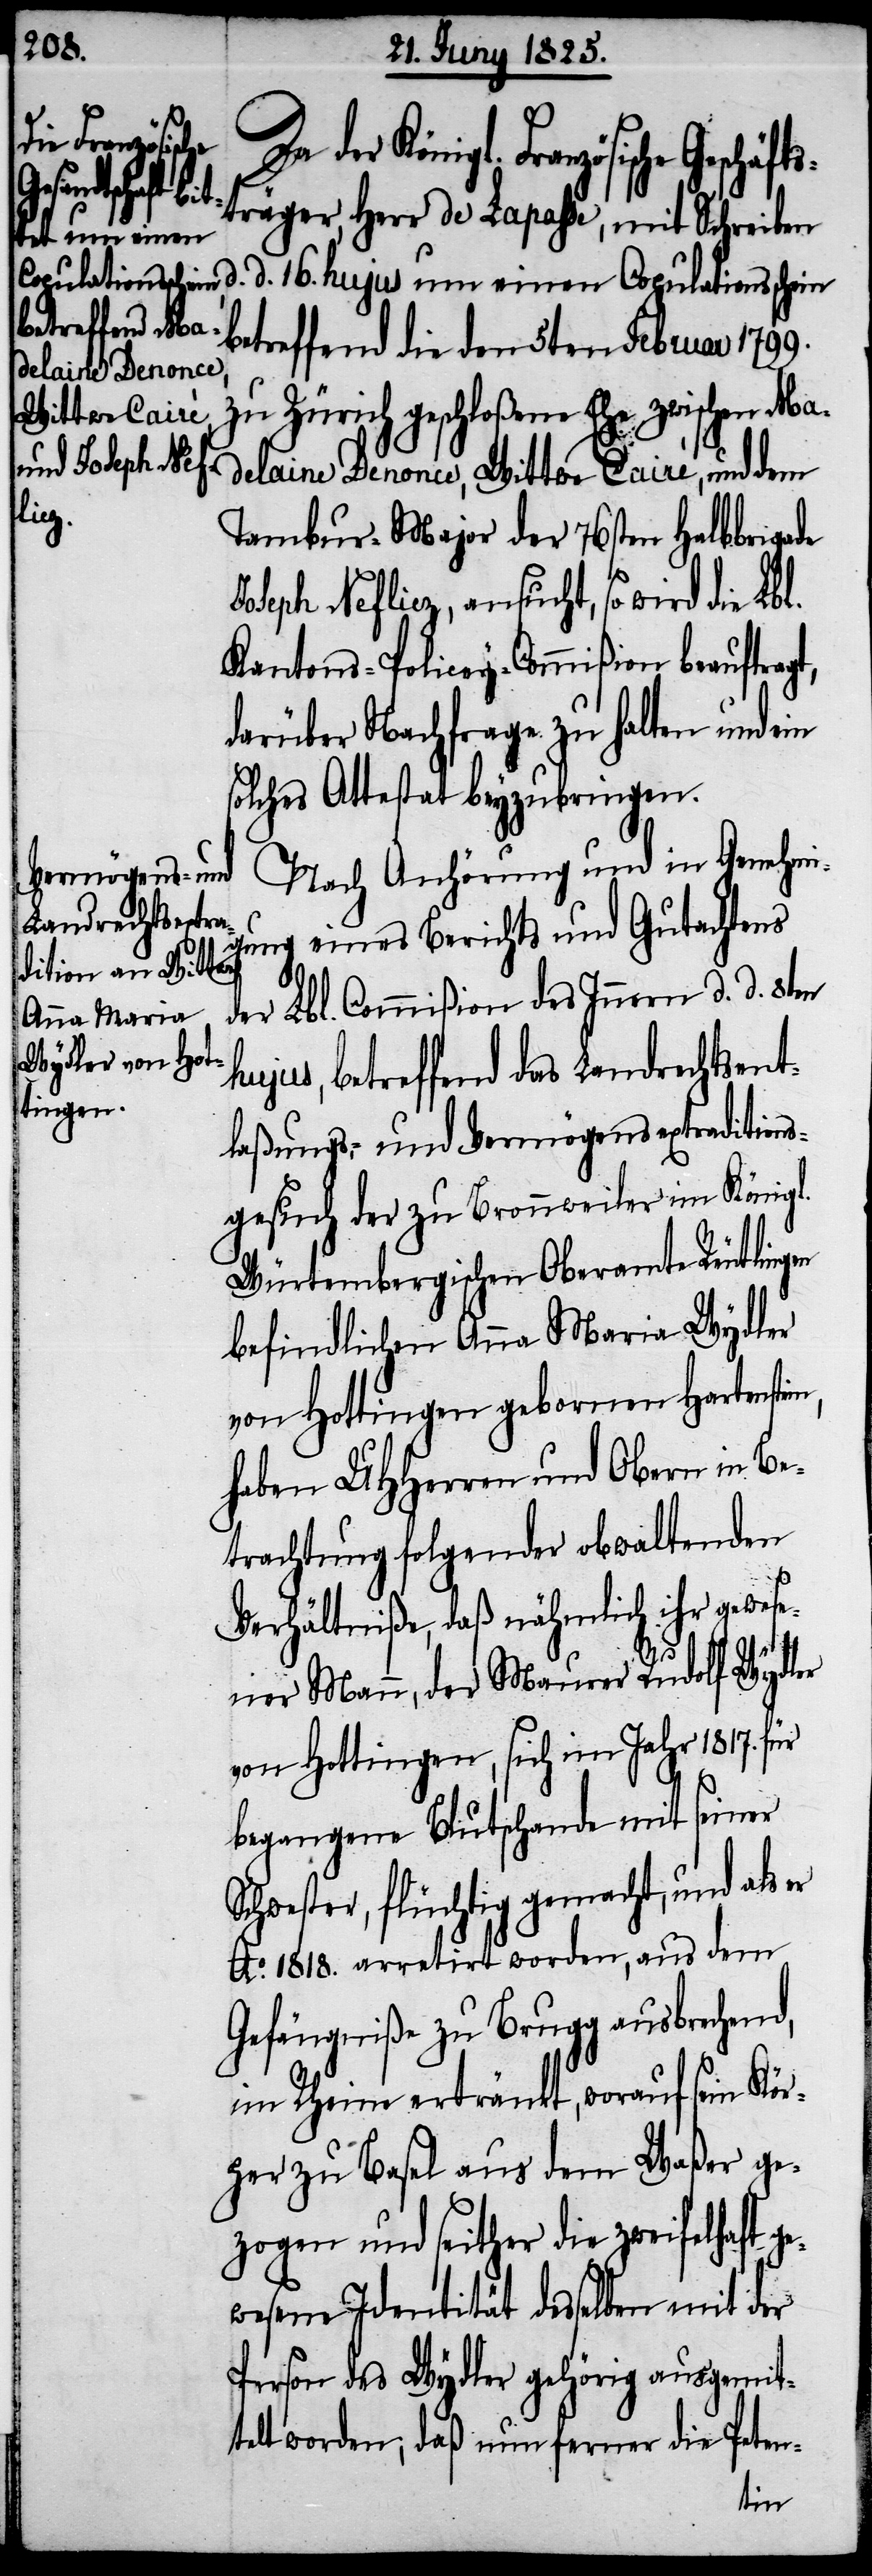
Da der Königl. Französische
Geschäfts¬
träger, Herr de Lapasse, mit Schreiben
hujus um einen
betreffend die den 5ten Februar 1799.
zu Zürich geschloßene Ehe zwischen Ma¬
delaine Denonce, Wittwe Cairé, und dem
Tambur-Major der 76sten Halbbrigade
Joseph Nefliez, ansucht, so wird die Lbl.
Kantons-Policey-Commißion beauftragt,
darüber Nachfrage zu halten und ein
solches Attestat beyzubringen.
Nach Anhörung und in Genehmi¬
gung eines Berichts und Gutachtens
der Lbl. Commißion des Innern d. d. 8ten
hujus, betreffend das Landrechtsent¬
laßungs-, und Vermögensextraditions¬
gesuch der zu Bronnweiler im Königl.
Würtembergischen Oberamte Reutlingen
befindlichen Anna Maria Wydler
von Hottingen gebornen Harten¬
haben UHHerren und Obern in Be¬
trachtung folgender obwaltenden
Verhältniße, daß nähmlich ihr gewese¬
16.
ner Mann, der Maurer Rudolf Wydler
von Hottingen, sich im Jahr 1817. für
begangene Blutschande mit seiner
Schwester, flüchtig gemacht, und als er
Ao. 1818. arretirt worden, aus dem
Gefängniße zu Brugg ausbrechend,
im Rheine ertränkt, worauf sein Kör¬
per zu Basel aus dem Waßer ge¬
zogen und seither die zweifelhaft ge¬
wesene Identität desselben mit der
Person des Wydler gehörig ausgemit¬
telt worden, daß nun ferner die Peten-
stein,